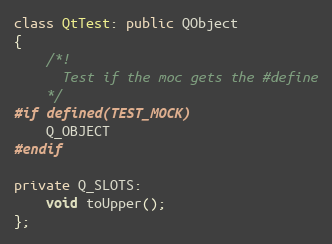
Language: C++
class QtTest: public QObject
{
    /*!
      Test if the moc gets the #define
    */
#if defined(TEST_MOCK)
    Q_OBJECT
#endif

private Q_SLOTS:
    void toUpper();
};